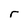
Character: r